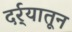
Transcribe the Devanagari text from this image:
दर्र्‍यातून